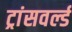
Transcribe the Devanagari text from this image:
ट्रांसवर्ल्ड